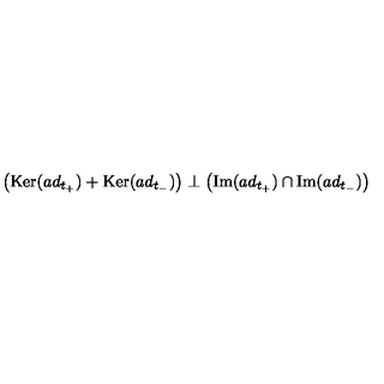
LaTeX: \left( \mathrm { K e r } ( a d _ { t _ { + } } ) + \mathrm { K e r } ( a d _ { t _ { - } } ) \right) \perp \left( \mathrm { I m } ( a d _ { t _ { + } } ) \cap \mathrm { I m } ( a d _ { t _ { - } } ) \right)